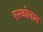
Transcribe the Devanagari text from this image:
एसकोलास